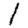
Digit: 1